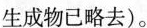
生成物已略去)。